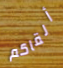
ألقاكم